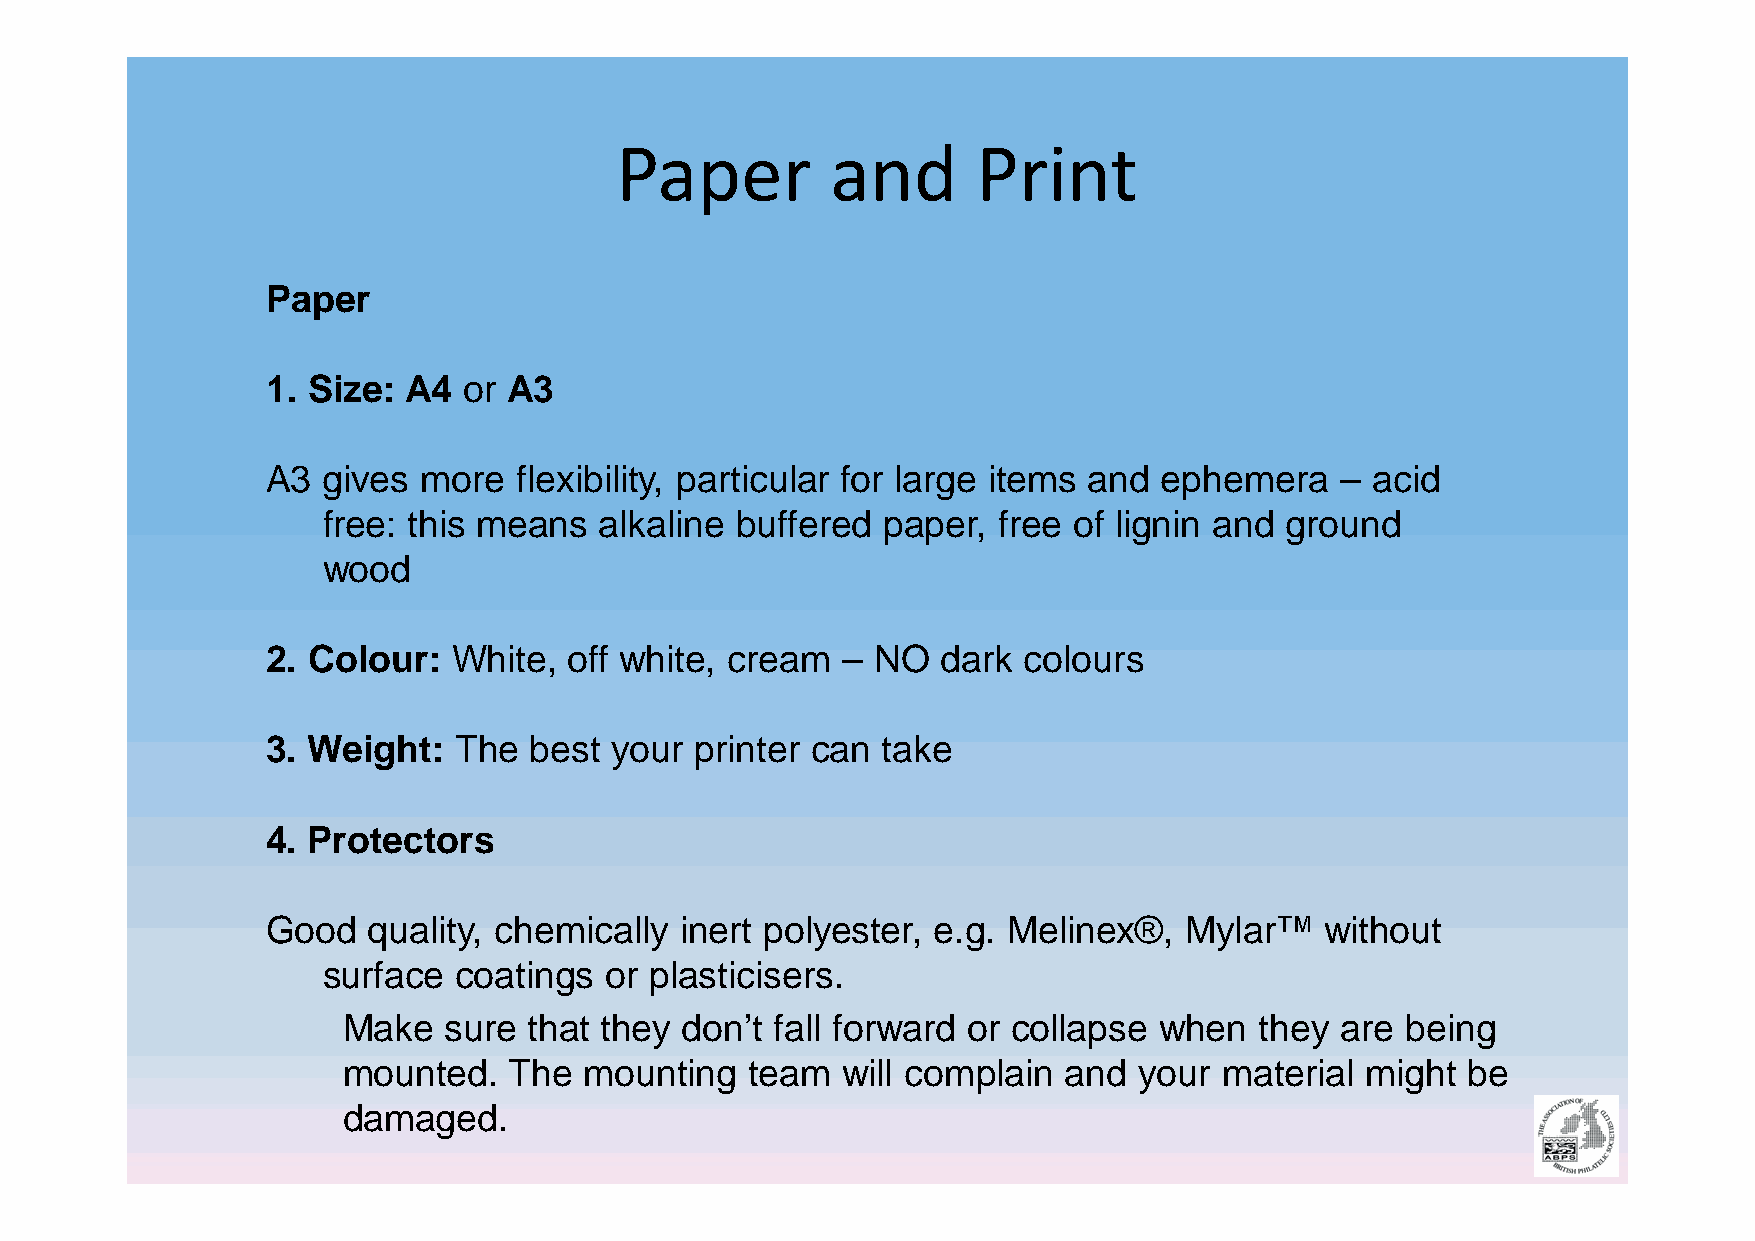
Paper         and       Print
 Paper
 1. Size: A4  or A3
 A3 gives  more  flexibility, particular for large items and ephemera   – acid
 free: this means   alkaline buffered paper,  free of lignin and ground
 wood
 2. Colour:  White,  off white, cream  – NO  dark  colours
 3. Weight:  The  best your  printer can take
 4. Protectors
 Good  quality, chemically  inert polyester, e.g. Melinex®,  Mylar™    without
 surface  coatings  or plasticisers.
 Make  sure  that they don’t fall forward or collapse  when  they  are being
 mounted.   The  mounting   team  will complain  and your  material might  be
 damaged.